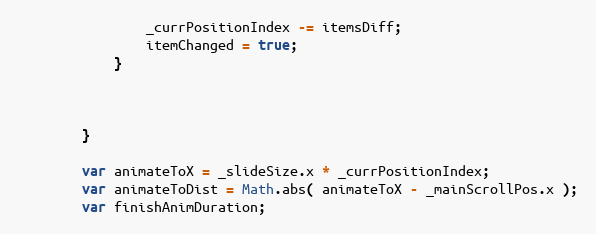
Language: JavaScript
				_currPositionIndex -= itemsDiff;
				itemChanged = true;
			}

		}

		var animateToX = _slideSize.x * _currPositionIndex;
		var animateToDist = Math.abs( animateToX - _mainScrollPos.x );
		var finishAnimDuration;